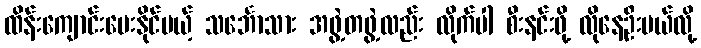
ထိန်းကျောင်းပေးနိုင်မယ့် သင်္ဘောသား အဖွဲ့တဖွဲ့လည်း လိုက်ပါ စီးနင်းဖို့ လိုနေဦးမယ်လို့